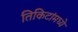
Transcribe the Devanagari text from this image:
तिकिटांमध्ये